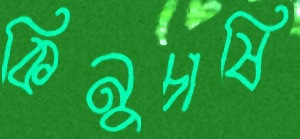
কিনুচাষি